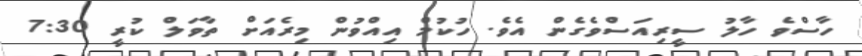
ހާސްވެ ހާލު ސީރިއަސްވެގެން އެވެ. ހުކުމް އިއްވުން މިރެއަށް ތާވަލް ކުރީ 7:30